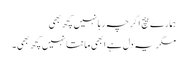
ہمارے بیچ اگرچہ رہا نہیں کچھ بھی
مگر یہ دل ہے ابھی مانتا نہیں کچھ بھی۔